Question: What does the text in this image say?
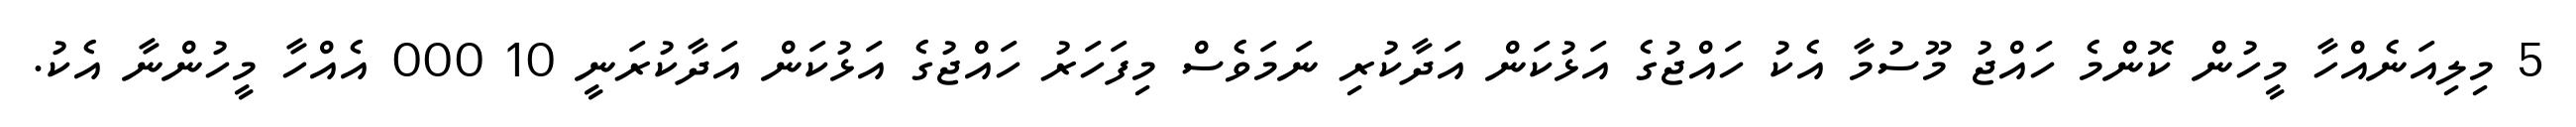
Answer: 5 މިލިއަނެއްހާ މީހުން ކޮންމެ ހައްޖު މޫސުމާ އެކު ހައްޖުގެ އަޅުކަން އަދާކުރި ނަމަވެސް މިފަހަރު ހައްޖުގެ އަޅުކަން އަދާކުރަނީ 10 000 އެއްހާ މީހުންނާ އެކު.